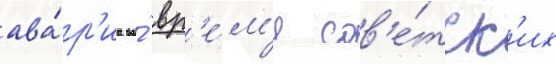
ава́р'иа во́ вр'е́м'я сов'е́тск'их